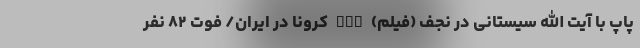
پاپ با آیت الله سیستانی در نجف (فیلم) nan کرونا در ایران/ فوت ۸۲ نفر